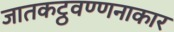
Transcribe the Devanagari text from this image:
जातकट्ठवण्णनाकार